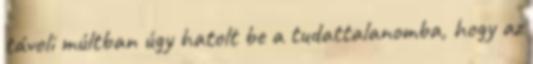
távoli múltban úgy hatolt be a tudattalanomba, hogy az